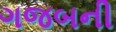
ગજબની